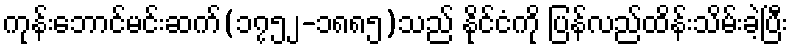
ကုန်းဘောင်မင်းဆက်(၁၇၅၂-၁၈၈၅)သည် နိုင်ငံကို ပြန်လည်ထိန်းသိမ်းခဲ့ပြီး